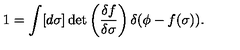
1 = \int [ d \sigma ] \det \left( \frac { \delta f } { \delta \sigma } \right) \delta ( \phi - f ( \sigma ) ) .